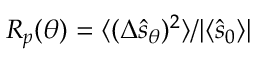
R _ { p } ( \theta ) = \langle ( \Delta \hat { s } _ { \theta } ) ^ { 2 } \rangle / | \langle \hat { s } _ { 0 } \rangle |